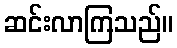
ဆင်းလာကြသည်။